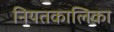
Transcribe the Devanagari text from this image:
नियतकालिका